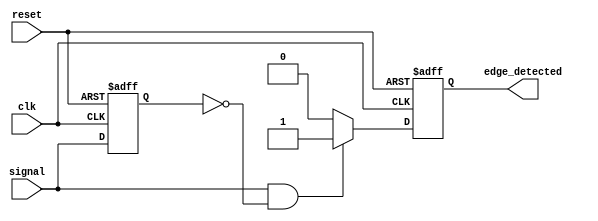
module rising_edge_detector (
    input wire clk,           // Clock input
    input wire reset,         // Asynchronous reset input
    input wire signal,        // Input signal to detect rising edge
    output reg edge_detected   // Output signal indicating rising edge detection
);

    reg previous_signal;      // Register to hold the previous state of the input signal

    always @(posedge clk or posedge reset) begin
        if (reset) begin
            previous_signal <= 0; // Reset previous signal to 0
            edge_detected <= 0;   // Reset edge detected output
        end else begin
            // Rising edge detection logic
            if (signal && !previous_signal) begin
                edge_detected <= 1; // Set edge_detected high on rising edge
            end else begin
                edge_detected <= 0;   // Clear edge_detected otherwise
            end
            previous_signal <= signal; // Update previous signal state
        end
    end

endmodule